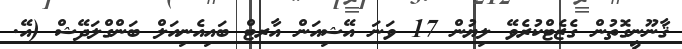
ޤާނޫނީގޮތުން ގެޒެޓްކުރެވޭ ލިޔުން 17 ވަނަ އޭޝިއަން އާރޓް ބައިއެނިއަލް ބަންގްލަދޭޝް (އޭ.